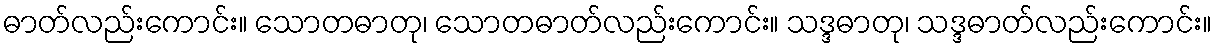
ဓာတ်လည်းကောင်း။ သောတဓာတု၊ သောတဓာတ်လည်းကောင်း။ သဒ္ဒဓာတု၊ သဒ္ဒဓာတ်လည်းကောင်း။